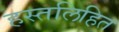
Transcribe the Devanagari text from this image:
हस्तलिहित